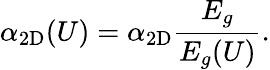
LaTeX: \alpha_{\mathrm{2D}}(U)=\alpha_{\mathrm{2D}}\frac{E_{g}}{E_{g}(U)}.